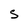
Character: s